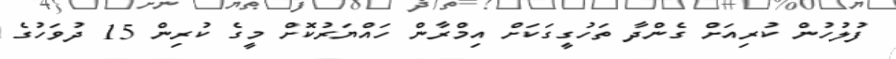
ފުލުހުން ކުރިއަށް ގެންދާ ތަހުގީގަކަށް އިމްރާން ހައްޔަރުކޮށް މީގެ ކުރިން 15 ދުވަހުގެ